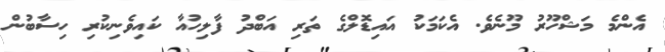
އެންމެ މަޝްހޫރު މޫނެވެ. އެކަމަކު އައިޑޮލްގެ ތަރި އަބްދު ފާލިހުއާ ކައިވެނިކުރި ހިސާބުން